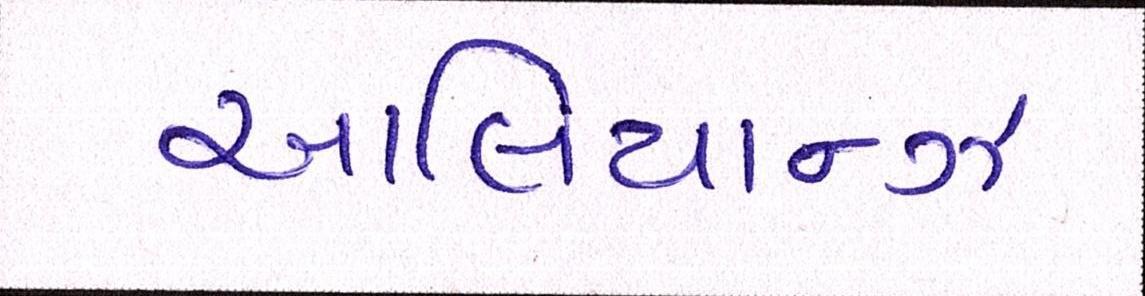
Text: આલિયાન્ઝ